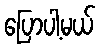
ပြောပါ့မယ်